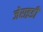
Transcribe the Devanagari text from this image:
जेराइडी